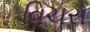
વિચરો